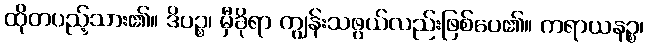
ထိုတပည့်သား၏။ ဒိပဉ္စ၊ မှီခိုရာ ကျွန်းသဖွယ်လည်းဖြစ်ပေ၏။ ကရာယနဉ္စ၊